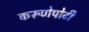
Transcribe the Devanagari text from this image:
करूणेपोटी